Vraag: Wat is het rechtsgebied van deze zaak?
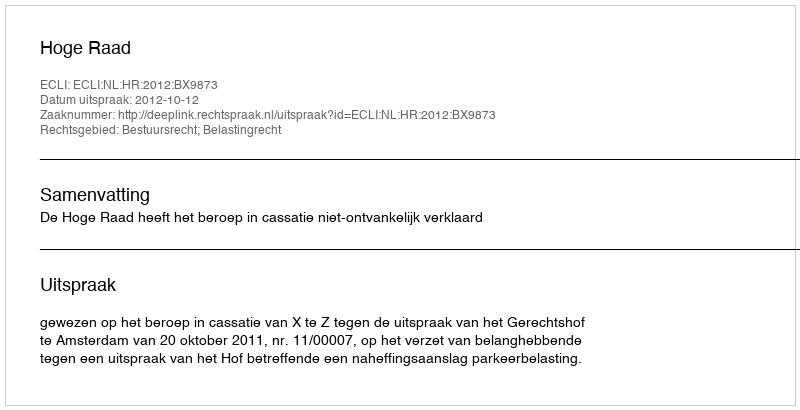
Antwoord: Bestuursrecht; Belastingrecht